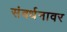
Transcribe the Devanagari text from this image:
संवर्धनावर